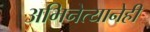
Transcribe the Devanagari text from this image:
अभिनेत्यानेही